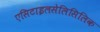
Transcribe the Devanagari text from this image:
एसिटाइलसेलिसिलिक